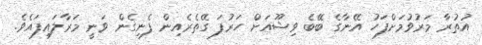
އުތުރާ މަރުވުމަށްފަހު އޭނާގެ ބޭބެ ވިޝޫއަށް ހަރުފަ ގޭތެރެއިން ފެނިގެން ވަނީ މަރާލައިފައެވެ.